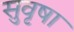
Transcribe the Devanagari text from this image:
सुवृषा